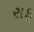
રાફ